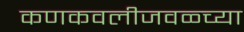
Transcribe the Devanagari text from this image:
कणकवलीजवळ्च्या